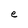
Character: e